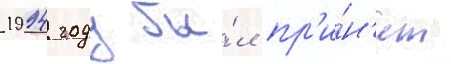
1994 году бы́л пр'и́н'ят